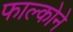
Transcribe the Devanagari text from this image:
फाल्कोने